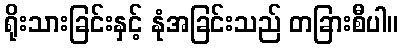
ရိုးသားခြင်းနှင့် နုံအခြင်းသည် တခြားစီပါ။